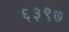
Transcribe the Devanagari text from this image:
६३९७